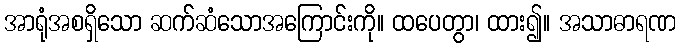
အာရုံအစရှိသော ဆက်ဆံသောအကြောင်းကို။ ထပေတွာ၊ ထား၍။ အသာဓာရဏ